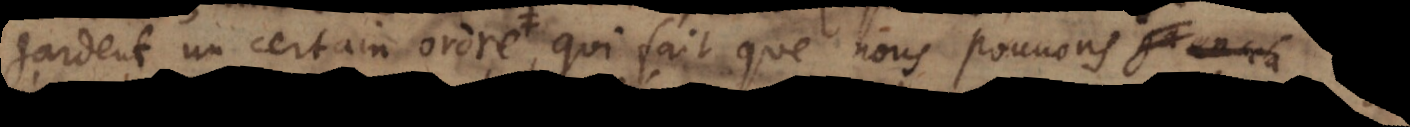
gardent un certain ordre, qui fait que nous pouvons